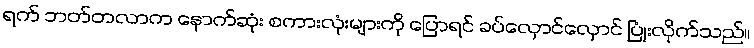
ရက် ဘတ်တလာက နောက်ဆုံး စကားလုံးများကို ပြောရင် ခပ်လှောင်လှောင် ပြုံးလိုက်သည်။